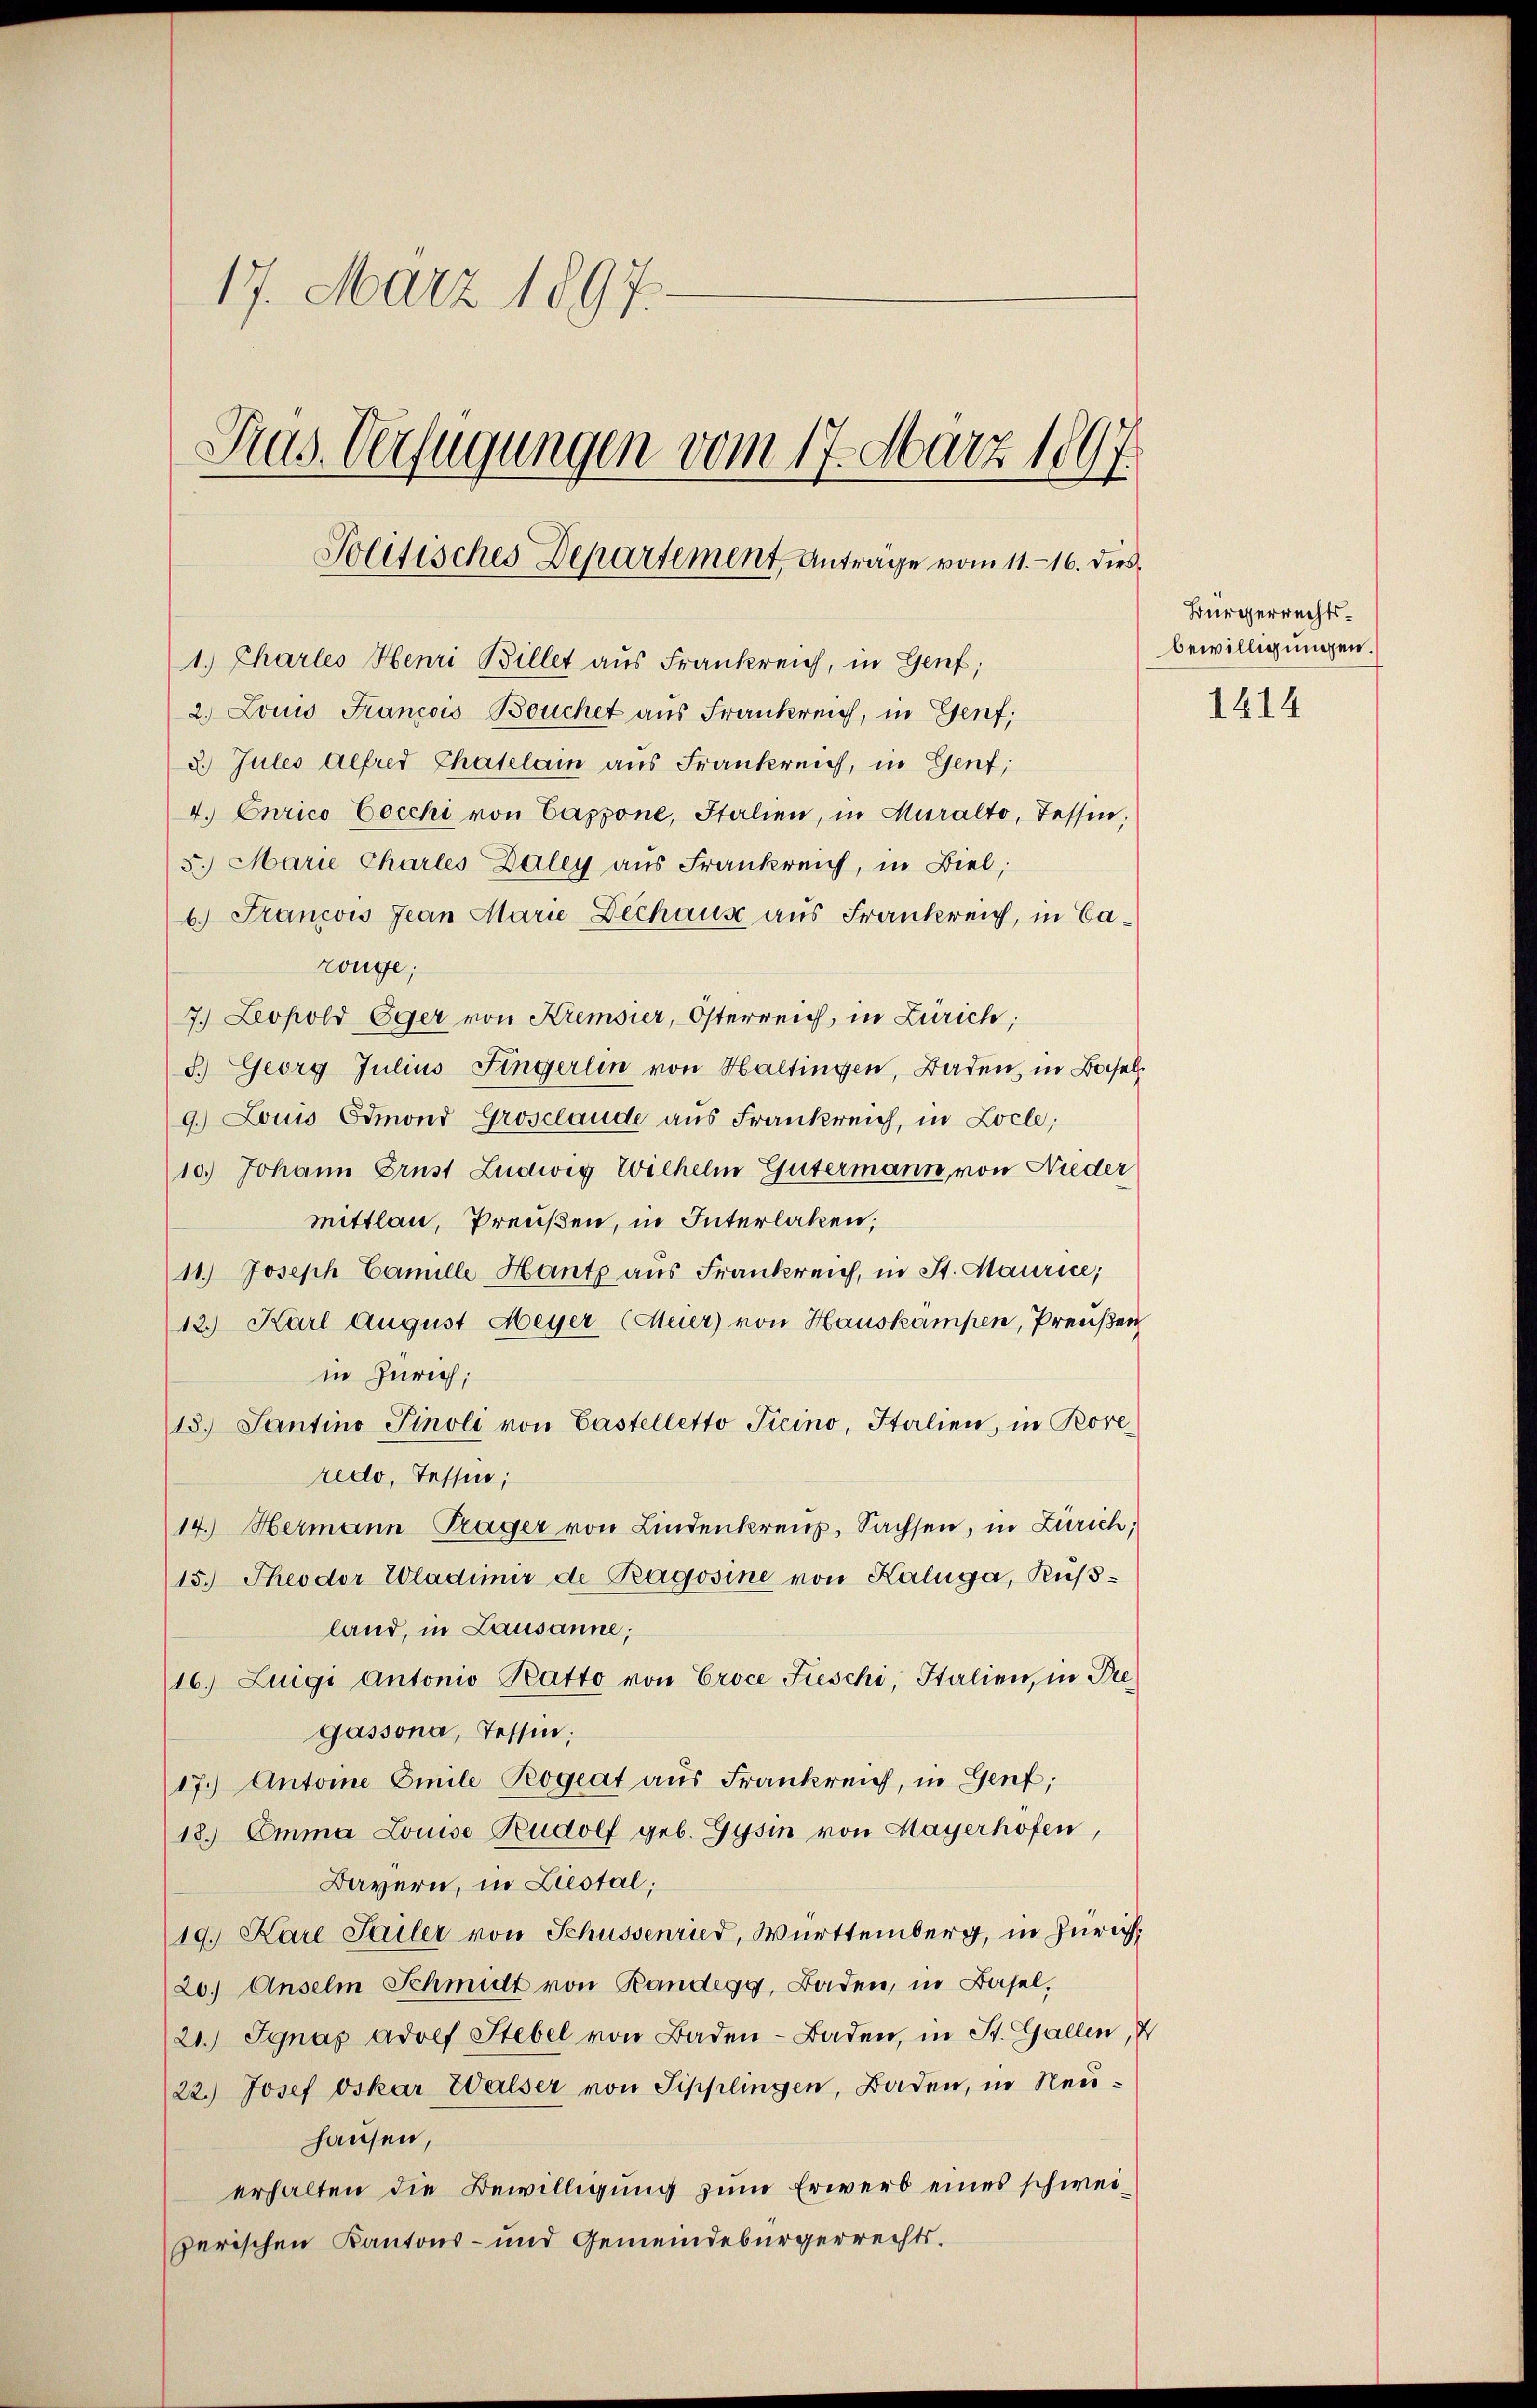
17. März 1897.
Drus. Verfügungen vom 17. März 1897
Politisches Departement, Antrage vom 11. - 16. dies¬
1. Chartes Henri Billet aus Frankreich, in Genf;

2. Louis Francois Bouchet aus Frankreich, in Genf;
2. Jules Alfred Chatelam aus Frankreich, in Genf,
4. Curico Cocchi von Cappone, Italien, in Muralto, Tessin,
5.) Marie Charles Daley aus Frankreich, in Biel;
b.) Francois Jean Marie Dechaus aus Frankreich, in Cazonge;
7.) Leopold Eger von Kremsier, Osterreich, in Zürich;
5.) Georg Julius Fingerlin von Haltingen, Baden, in Basel
9.) Louis Edmond Grosclaude aus Frankreich, in Locle;
10.) Johann Brust Ludwig Wilhelm Gütermann, von Nieder
mittlau, Preußen, in Interlaken,
11.) Joseph Camille Hantz aus Frankreich, in St. Maurice,
12.) Karl August Meyer (Meier von Hauskampen, Preußen
in Zürich;
13. Santino Pinoli von Castelletto Ticino, Italien, in Bore
redo, Tessin,
14.) Hermann Träger von Lindenkreuz, Sachsen, in Zürich,
15.) Theodor Wladimir de Ragosine von Kaluga, Rüβ-
land, in Lausanne;
16. Luigi Antonio Ratto von Croce Fieschi, Italien, in Pregassona, Tessin:
17.) Antone Emile Peogeat aus Frankreich, in Genf,
18. Emma Louise Rudolf geb. Gysin von Mayerhofen,
Bayern, in Liestal;
19. Kare Sailer von Schüssenried, Württemberg, in Zürich¬
20.) Anselm Schmidt von Randegg, Baden, in Basel,
21.) Ignaz Adolf Stebel von Baden- Baden, in St. Gallen,
22.) Josef Oskar Walser von Sipplingen, Baden, in Neuhausen,
erhalten die Bewilligung zum Erwerb eines schweizerischen Kantons- und Gemeindebürgerrechts¬

Bürgerrechtsbewilligungen.
1414